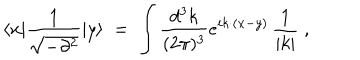
\langle x | \frac { 1 } { \sqrt { - \partial ^ { 2 } } } | y \rangle \; = \; \int \frac { d ^ { 3 } k } { ( 2 \pi ) ^ { 3 } } e ^ { i k \cdot ( x - y ) } \, \frac { 1 } { | k | } \; ,